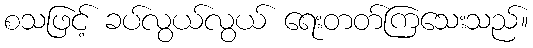
စသဖြင့် ခပ်လွယ်လွယ် ရေးတတ်ကြသေးသည်။